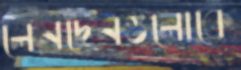
লেনদেনগুলোকে